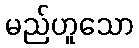
မည်ဟူသော